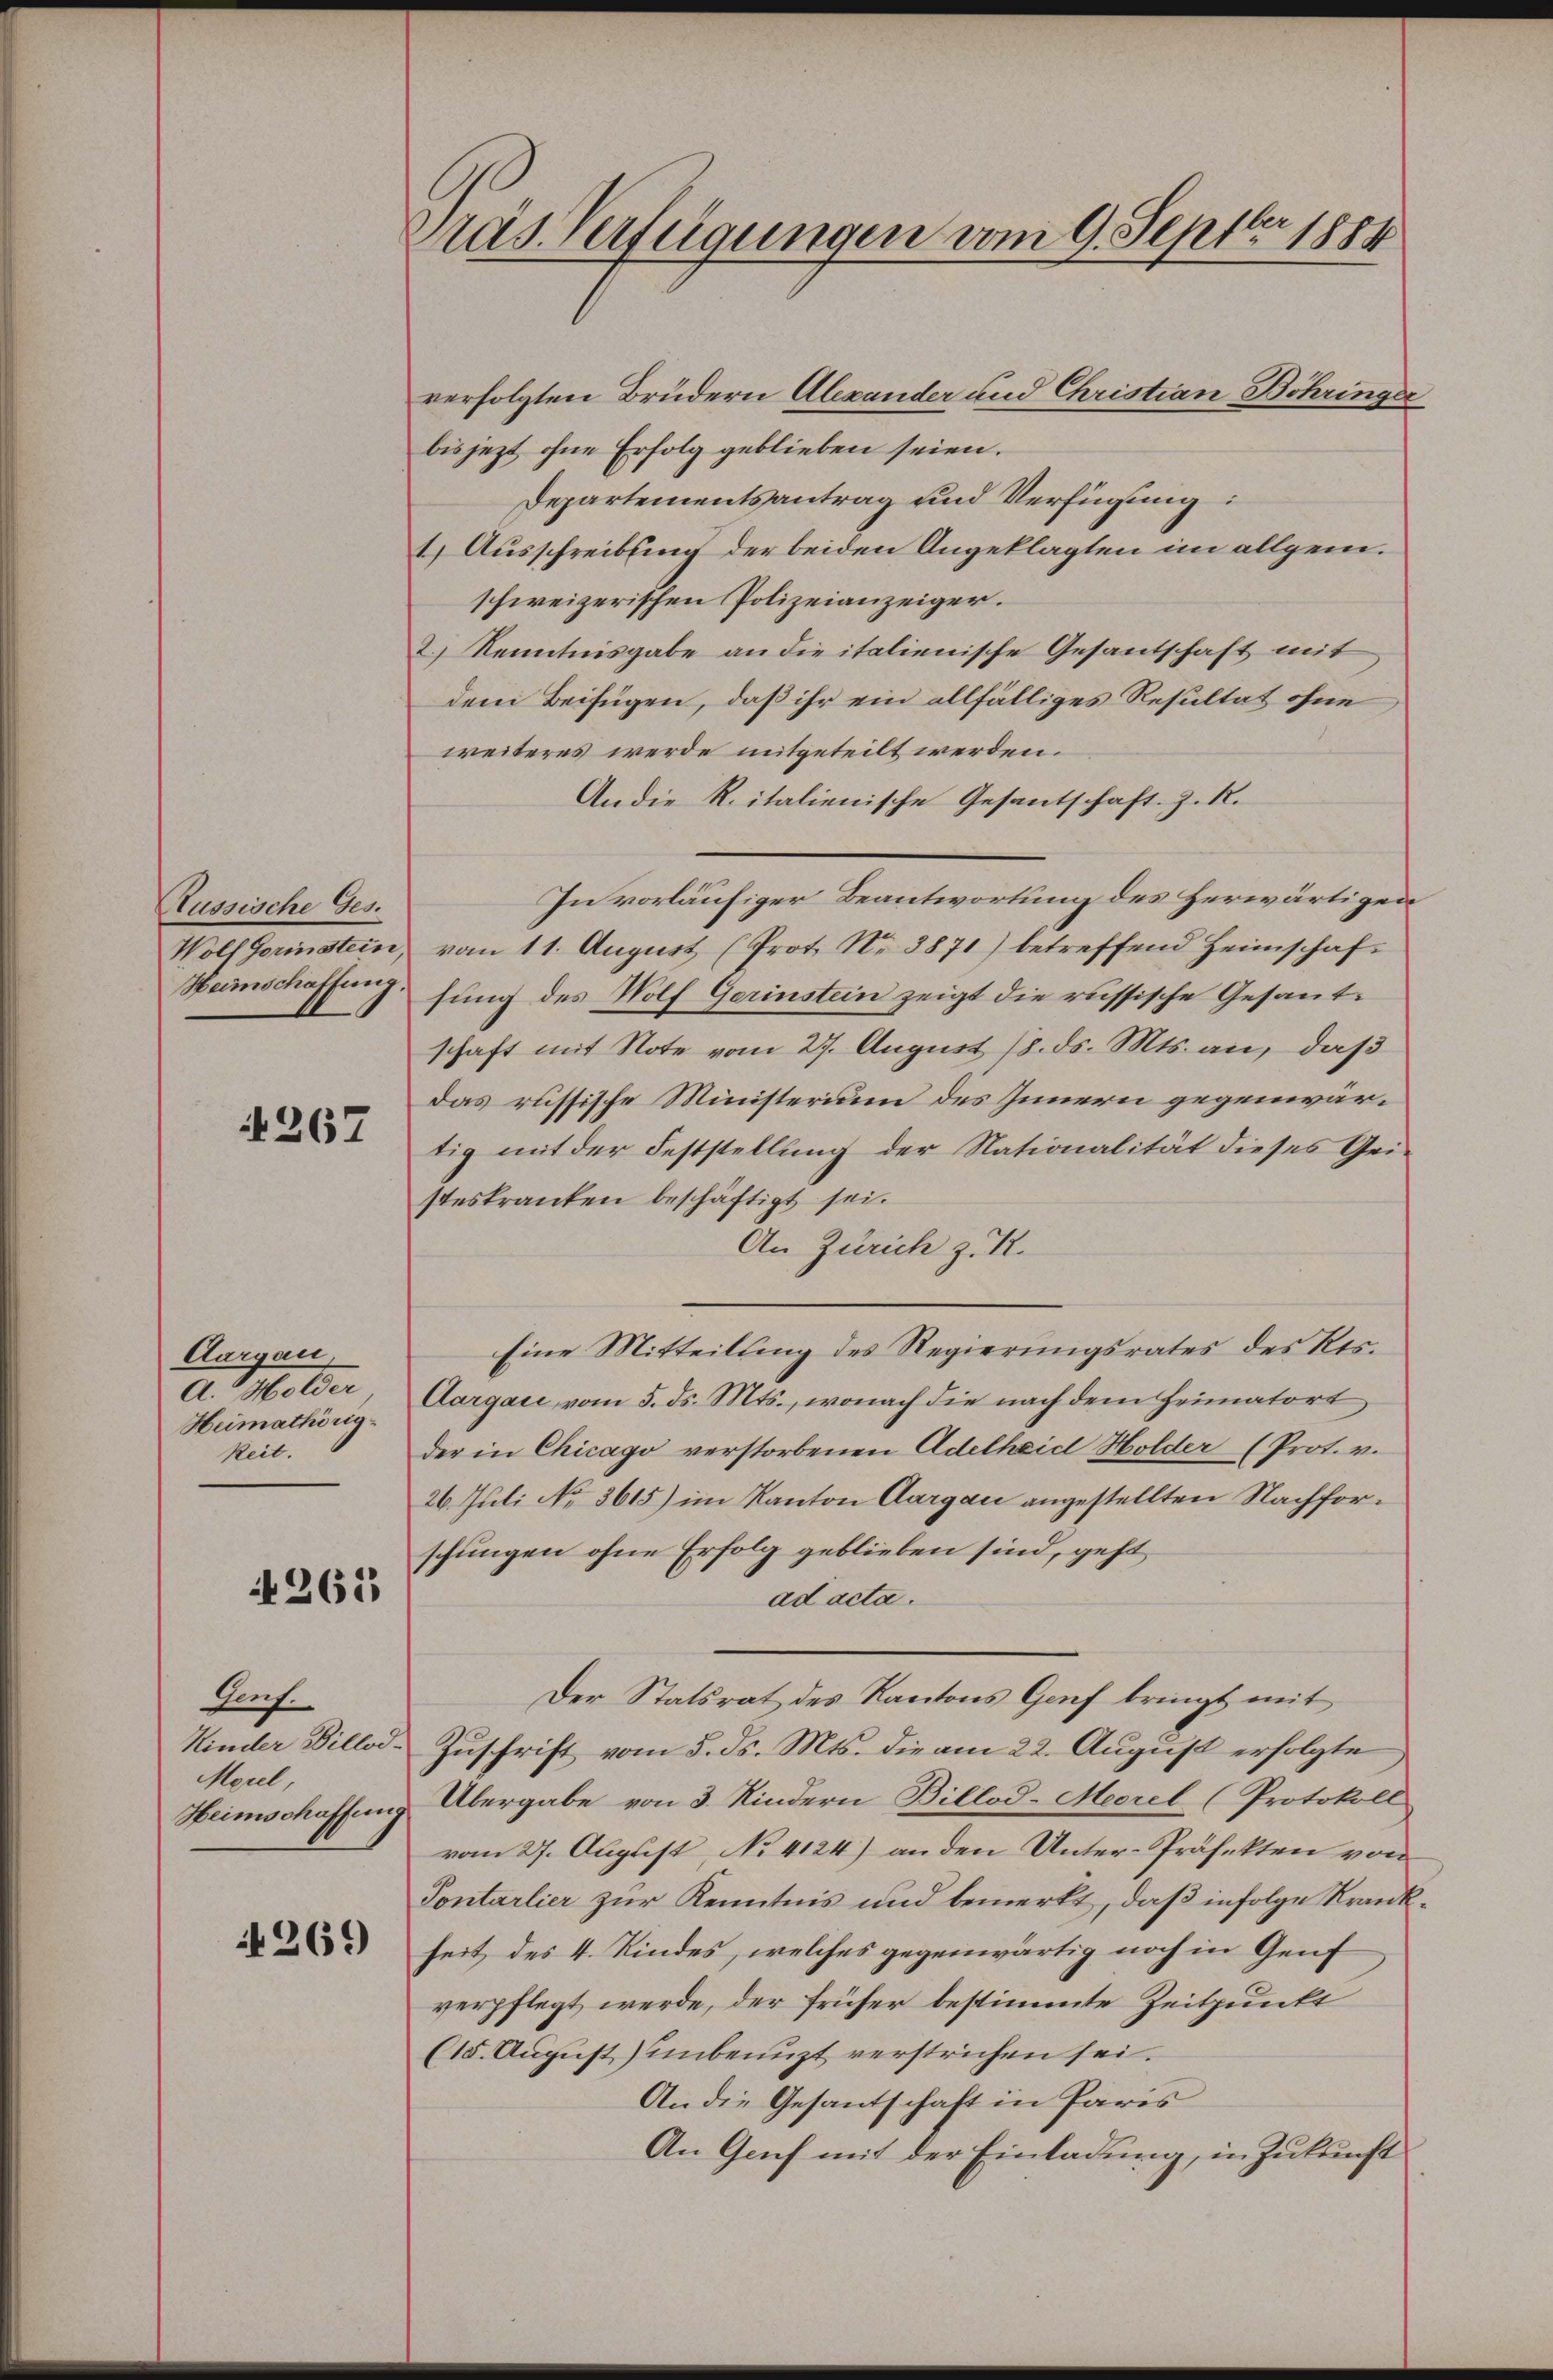
Russische Ges.
Wolf Gorinstein
Heimschaffung.

267

Aargau,
A. Holder
Heimathörig-
keit.

N 265

Lach
Kinder Billod-
Morel
Heimschaffung

+269

Prasverfügungen vom 9. Septbr 1884

verfolgten Brüdern Alexander und Christian Bohringer
bis jezt ohne Erfolg geblieben seien.
Departementsantrag und Verfügung
1.) Ausschreibung der beiden Angeklagten im allgem.
schweizerischen Polizeianzeiger.
2.) Kenntnisgabe an die italienische Gesantschaft mit
dem Beifügen, daß ihr ein allfälliges Resultat ohne
weiteres werde mitgeteilt werden.
Andie R. italienische Gesantschaft. Z. R.
In vorläufiger Beantwortung des Herwärtigen
vom 11. August (Prot. Nr. 3871) betreffend Heimschaffung des Wolf Gerinstein zeigt die russische Gesantschaft mit Note vom 27. August 18. ds. Mts. an, daß
das russische Ministerium des Innern gegenwärtig mit der Feststellung der Nationalität dieses Gei-
steskranken beschäftigt sei.
An Zürich z. R.
Eine Mitteilung des Regierungsrates des Res¬
Aargau vom 5. ds. Mts., wonach die nach dem Heimatort
der in Chicago verstorbenen Adelheid Holder (Prot. v.
26. Juli No 3615) im Kanton Aargau angestellten Nachforschungen ohne Erfolg geblieben sind, geht
ad acta.
Der Statsrat des Kantons Genf bringt mit
Zuschrift vom 5. ds. Mts. die am 22. August erfolgte
Übergabe von 3. Kindern Billod-Morel (Protokoll
vom 27. August No 4124) an den Unter-Präfekten von
Tontarlier zur Kenntnis und bemerkt, daß infolge Krankseit des 4. Kindes, welches gegenwärtig noch in Genf
verpflegt werde, der früher bestimmte Zeitpunkt
(15. August unbenuzt verstrichen sei.
An die Gesantschaft in Paris
An Genf mit der Einladung, in Zukunft